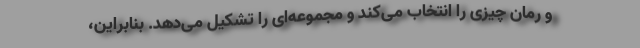
و رمان چیزی را انتخاب می‌کند و مجموعه‌ای را تشکیل می‌دهد. بنابراین،